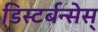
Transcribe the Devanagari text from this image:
डिस्टर्बन्सेस्